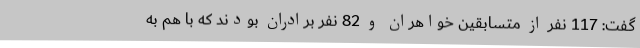
گفت: 117 نفر از متسابقین خواهران و 82 نفر برادران بودند که با هم به